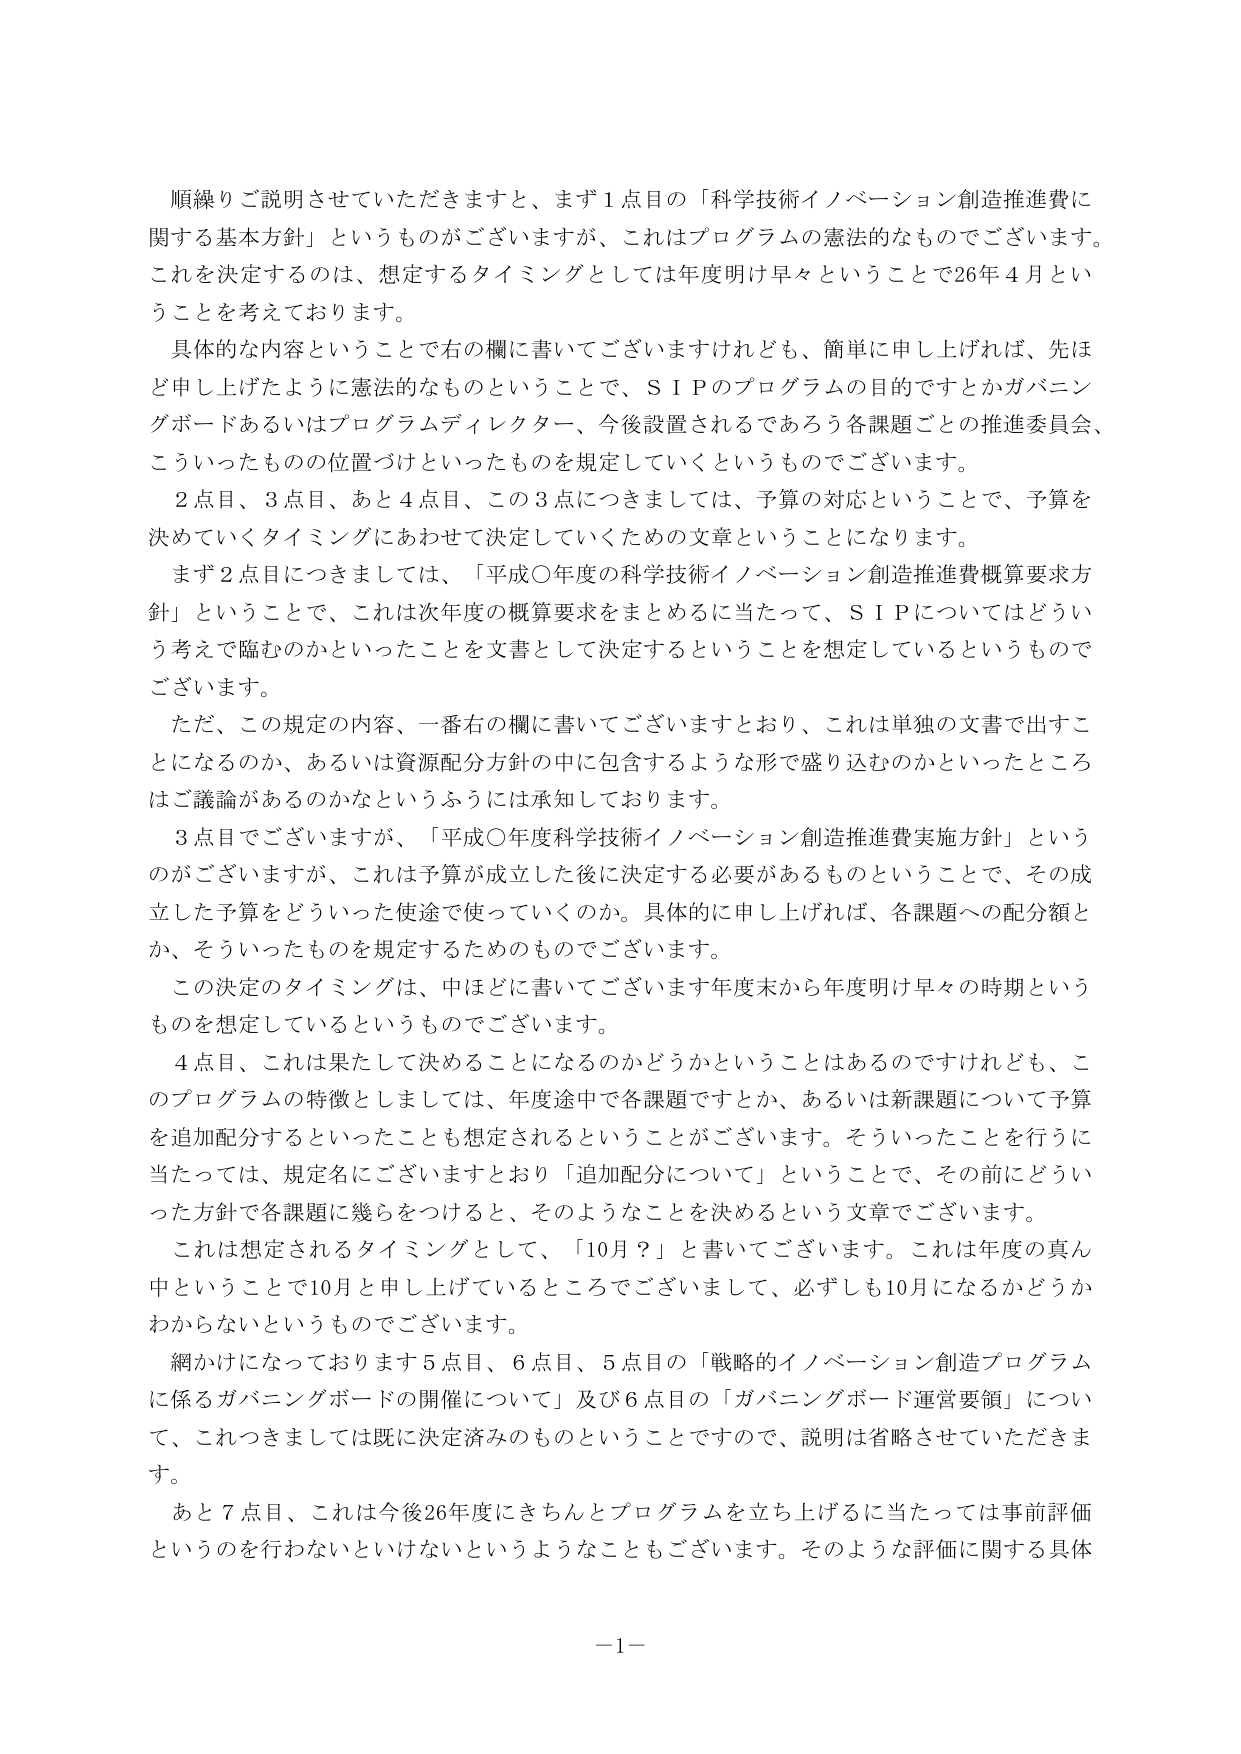
順繰りご説明させていただきますと、まず１点目の「科学技術イノベーション創造推進費に関する基本方針」というもののがございますが、これはプログラムの憲法的なものでございます。これを決定するのは、想定するタイミングとしては年度明け早々ということで26年４月ということを考えております。

具体的な内容ということで右の欄に書いてございますけれども、簡単に申し上げれば、先ほど申し上げたように憲法的なものということで、ＳＩＰのプログラムの目的ですとかガバニングボードあるいはプログラムディレクター、今後設置されるであろう各課題ごとの推進委員会、こういったものの位置づけといったものを規定していくというものです。

２点目、３点目、あと４点目、この３点につきましては、予算の対応ということで、予算を決めていくタイミングにあわせて決定していくための文章ということになります。

まず２点目につきましては、「平成〇年度の科学技術イノベーション創造推進費概算要求方針」ということで、これは次年度の概算要求をまとめるに当たって、ＳＩＰについてはどういう考えで臨むのかといったことを文書として決定するということを想定しているというものです。

ただ、この規定の内容、一番右の欄に書いてございますとおり、これは単独の文書で出すことになるのか、あるいは資源配分方針の中に包含するような形で盛り込むのかといったところはご議論があるのかなというふうには承知しております。

３点目でございますが、「平成〇年度科学技術イノベーション創造推進費実施方針」というのがございますが、これは予算が成立した後に決定する必要があるものということで、その成立した予算をどういった使途で使っていくのか。具体的に申し上げれば、各課題への配分額とか、そういったものを規定するためのものでございます。

この決定のタイミングは、中ほどに書いてございます年度末から年度明け早々の時期というものを想定しているというものです。

４点目、これは果たして決めることになるのかどうかということはあるのですけれども、このプログラムの特徴としましては、年度途中で各課題ですとか、あるいは新課題について予算を追加配分するといったことも想定されるということがございます。そういったことを行うに当たっては、規定名にございますとおり「追加配分について」ということで、その前にどういった方針で各課題に幾らをつけると、そのようなことを決めるという文章でございます。

これは想定されるタイミングとして、「10月？」と書いてございます。これは年度の真ん中ということで10月と申し上げているところでございまして、必ずしも10月になるかどうかわからないというものです。

網かけになっております５点目、６点目、５点目の「戦略的イノベーション創造プログラムに係るガバニングボードの開催について」及び６点目の「ガバニングボード運営要領」について、これつきましては既に決定済みのものということで、説明は省略させていただきます。

あと７点目、これは今後26年度にきちんとプログラムを立ち上げるに当たっては事前評価というを行わないといけないというようなこともございます。そのような評価に関する具体

－1－